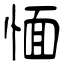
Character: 愐